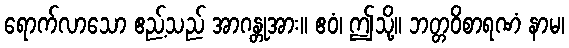
ရောက်လာသော ဧည့်သည် အာဂန္တုအား။ ဧဝံ၊ ဤသို့။ ဘတ္တဝိစာရဏံ နာမ၊